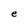
Character: e